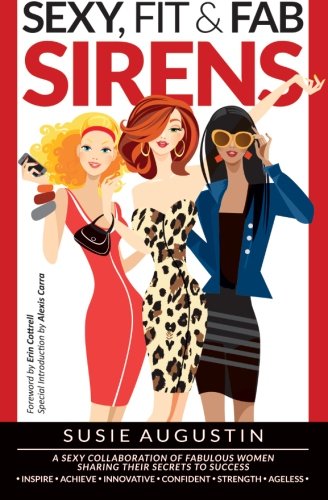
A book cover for Sexy, Fit & Fab Sirens: A Sexy Collaboration of Fabulous Women Sharing Their Secrets to Success; Susie Augustin; Health, Fitness & Dieting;